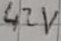
Text: 42V